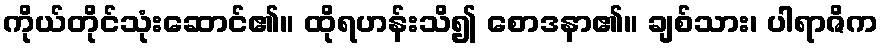
ကိုယ်တိုင်သုံးဆောင်၏။ ထိုရဟန်းသိ၍ စောဒနာ၏။ ချစ်သား၊ ပါရာဇိက